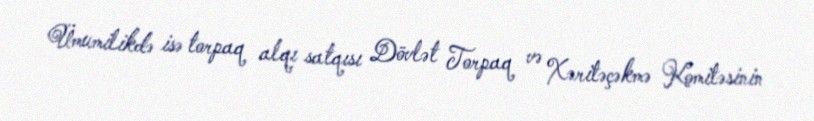
Ümumilikdə isə torpaq alqı satqısı Dövlət Torpaq və Xəritəçəkmə Komitəsinin